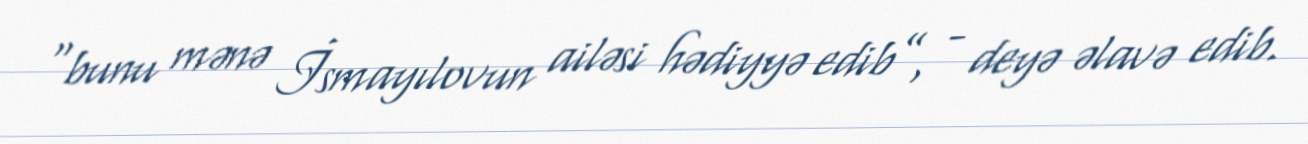
“bunu mənə İsmayılovun ailəsi hədiyyə edib”, - deyə əlavə edib.